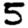
Digit: 5